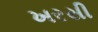
ખરસી